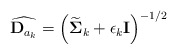
\begin{align*}\widehat{\mathbf{D}_{a_k}} = \left(\widetilde{\boldsymbol{\Sigma}}_k + \epsilon_k \mathbf{I}\right)^{-1/2}\end{align*}